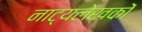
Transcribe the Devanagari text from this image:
नाट्यलेखकों